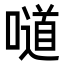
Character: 𠿱